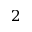
2